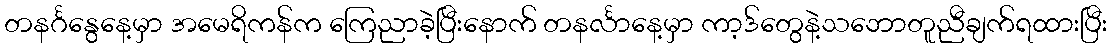
တနင်္ဂနွေနေ့မှာ အမေရိကန်က ကြေညာခဲ့ပြီးနောက် တနင်္လာနေ့မှာ ကာ့ဒ်တွေနဲ့သဘောတူညီချက်ရထားပြီး